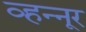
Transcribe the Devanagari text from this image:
व्हन्‍नूर